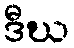
ဒီဃ